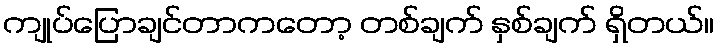
ကျုပ်ပြောချင်တာကတော့ တစ်ချက် နှစ်ချက် ရှိတယ်။